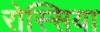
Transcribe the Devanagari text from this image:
रोस्सिया